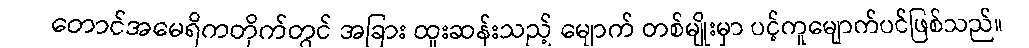
တောင်အမေရိကတိုက်တွင် အခြား ထူးဆန်းသည့် မျောက် တစ်မျိုးမှာ ပင့်ကူမျောက်ပင်ဖြစ်သည်။